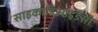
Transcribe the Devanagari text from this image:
साइकाडिआइडेसी